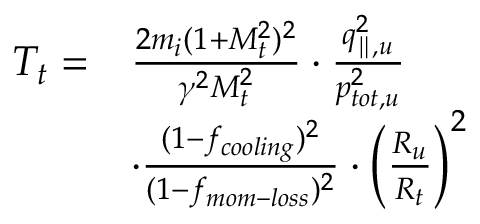
\begin{array} { r l } { T _ { t } = } & { \frac { 2 m _ { i } ( 1 + M _ { t } ^ { 2 } ) ^ { 2 } } { \gamma ^ { 2 } M _ { t } ^ { 2 } } \cdot \frac { q _ { \parallel , u } ^ { 2 } } { p _ { t o t , u } ^ { 2 } } } \\ & { \cdot \frac { ( 1 - f _ { c o o l i n g } ) ^ { 2 } } { ( 1 - f _ { m o m - l o s s } ) ^ { 2 } } \cdot \left( \frac { R _ { u } } { R _ { t } } \right) ^ { 2 } } \end{array}